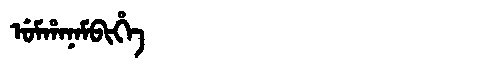
Manchu: ᡠᠮᡥᠠᠨᠠᠮᠪᡳᡥᡝ
Romanization: UMHANAMBIHE